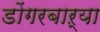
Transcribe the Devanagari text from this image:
डोंगरबाऱ्या